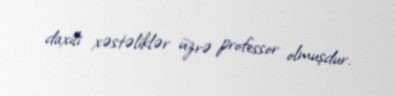
daxili xəstəliklər üzrə professor olmuşdur.